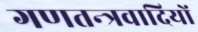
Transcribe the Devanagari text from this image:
गणतन्त्रवादियों